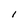
Character: l